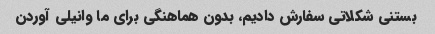
بستنی شکلاتی سفارش دادیم، بدون هماهنگی برای ما وانیلی آوردن